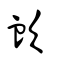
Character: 欰